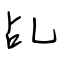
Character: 乩